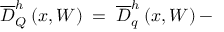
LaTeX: \overline { { { D } } } _ { Q } ^ { h } \: ( x , W ) \; = \; \overline { { { D } } } _ { q } ^ { h } \: ( x , W ) \: - \: